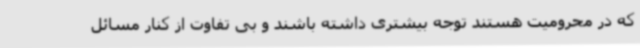
که در محرومیت هستند توجه بیشتری داشته باشند و بی تفاوت از کنار مسائل